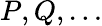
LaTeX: P,Q,\dots